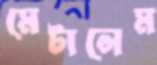
মেটালেম